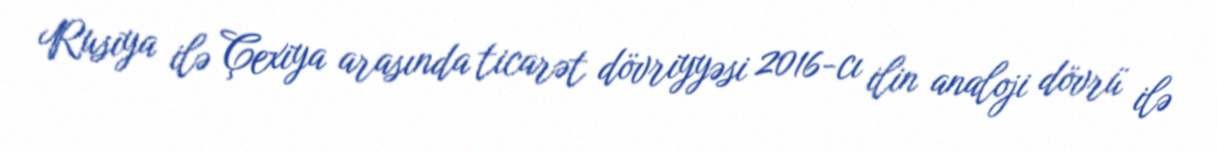
Rusiya ilə Çexiya arasında ticarət dövriyyəsi 2016-cı ilin analoji dövrü ilə